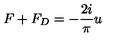
F + F _ { D } = - \frac { 2 i } { \pi } u